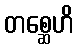
တစ္ဆေဟိ